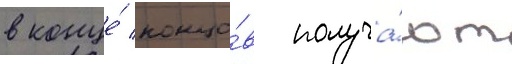
в конце́ концо́в получа́ют